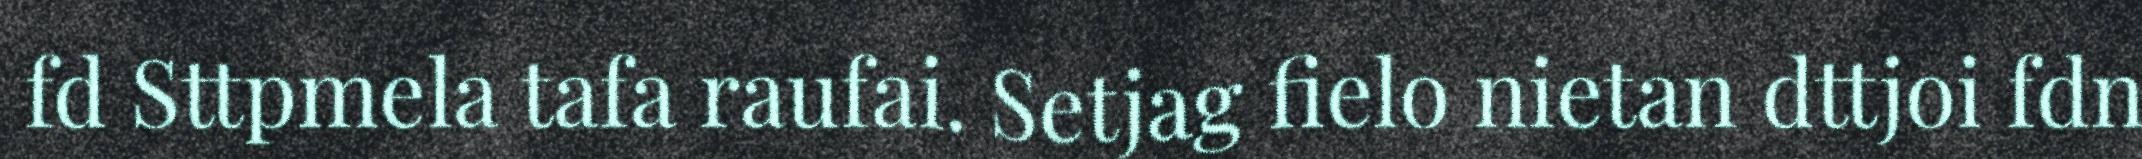
fd Sttpmela tafa raufai. Setjag fielo nietan dttjoi fdn